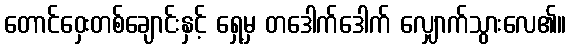
တောင်ဝှေးတစ်ချောင်းနှင့် ရှေ့မှ တဒေါက်ဒေါက် လျှောက်သွားလေ၏။